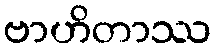
ဗာဟိတာဿ